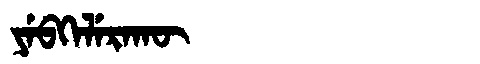
Manchu: ᠶᡝᠪᡴᡝᠯᡝᡵᠠᡴᡡ
Romanization: YEBKELERAKŪ